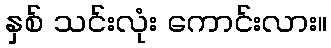
နှစ် သင်းလုံး ကောင်းလား။